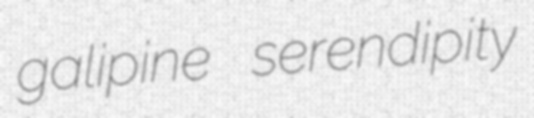
galipine serendipity